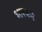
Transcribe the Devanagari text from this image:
भास्करे